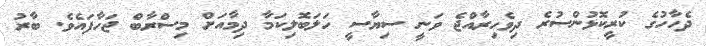
ދެހާހުގެ ކުރީކޮޅުންސުރެ ދިވެހިރާއްޖެ ވަނީ ސިޔާސީ ހަލަބޮލިކަމާ ދިމާއަށް މިސްރާބް ޖަހާފައެވެ. ބާރު